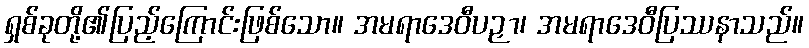
ရှစ်ခုတို့၏ပြည့်ကြောင်းဖြစ်သော။ အမရာဒေဝီပဉှာ၊ အမရာဒေဝီပြဿနာသည်။